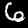
Label: 6